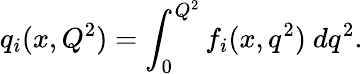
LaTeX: q_{i}(x,Q^{2})=\int_{0}^{Q^{2}}f_{i}(x,q^{2})\ dq^{2}.